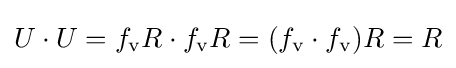
U\cdot U=f_{\mathrm {v} }R\cdot f_{\mathrm {v} }R=(f_{\mathrm {v} }\cdot f_{\mathrm {v} })R=R